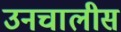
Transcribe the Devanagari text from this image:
उनचालीस